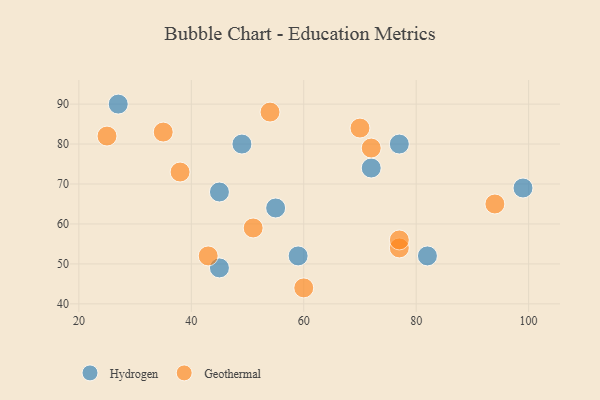
{"axis": {"x": "GDP", "y": "Life Expectancy"}, "legend": ["Geothermal", "Hydrogen"], "data": [{"x": "55", "y": 64, "type": "Hydrogen"}, {"x": "77", "y": 80, "type": "Hydrogen"}, {"x": "59", "y": 52, "type": "Hydrogen"}, {"x": "82", "y": 52, "type": "Hydrogen"}, {"x": "45", "y": 68, "type": "Hydrogen"}, {"x": "99", "y": 69, "type": "Hydrogen"}, {"x": "27", "y": 90, "type": "Hydrogen"}, {"x": "72", "y": 74, "type": "Hydrogen"}, {"x": "49", "y": 80, "type": "Hydrogen"}, {"x": "45", "y": 49, "type": "Hydrogen"}, {"x": "54", "y": 88, "type": "Geothermal"}, {"x": "38", "y": 73, "type": "Geothermal"}, {"x": "25", "y": 82, "type": "Geothermal"}, {"x": "77", "y": 54, "type": "Geothermal"}, {"x": "43", "y": 52, "type": "Geothermal"}, {"x": "51", "y": 59, "type": "Geothermal"}, {"x": "72", "y": 79, "type": "Geothermal"}, {"x": "94", "y": 65, "type": "Geothermal"}, {"x": "70", "y": 84, "type": "Geothermal"}, {"x": "60", "y": 44, "type": "Geothermal"}, {"x": "77", "y": 56, "type": "Geothermal"}, {"x": "35", "y": 83, "type": "Geothermal"}]}